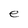
Character: e